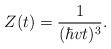
LaTeX: \begin{align*}Z(t) = {1\over (\hbar v t)^3}.\end{align*}